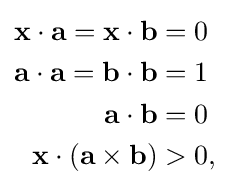
{\begin{aligned}\mathbf {x} \cdot \mathbf {a} =\mathbf {x} \cdot \mathbf {b} &=0\\\mathbf {a} \cdot \mathbf {a} =\mathbf {b} \cdot \mathbf {b} &=1\\\mathbf {a} \cdot \mathbf {b} &=0\\\mathbf {x} \cdot (\mathbf {a} \times \mathbf {b} )&>0,\end{aligned}}